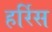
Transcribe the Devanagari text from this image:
हर्रिस